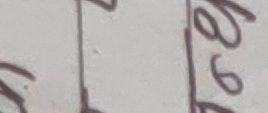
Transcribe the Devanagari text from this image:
७९